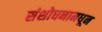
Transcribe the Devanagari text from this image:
संशोधनामधून